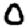
Digit: 0